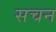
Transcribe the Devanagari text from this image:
सचन